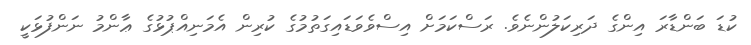
ކުޑަ ބަންޑާރަ އިންގެ ދަރިކަލުންނެވެ. ރަސްކަމަށް އިސްވެވަޑައިގަތުމުގެ ކުރިން އެމަނިއްޕުޅުގެ ޢާންމު ނަންފުޅަކީ